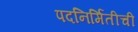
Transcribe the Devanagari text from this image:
पदनिर्मितीची